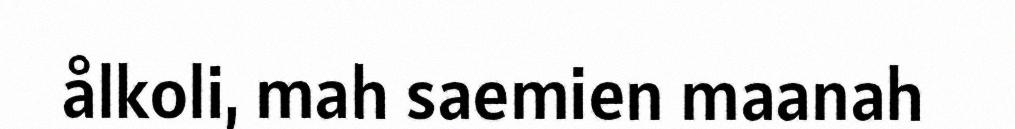
ålkoli, mah saemien maanah